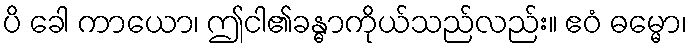
ပိ ခေါ ကာယော၊ ဤငါ၏ခန္ဓာကိုယ်သည်လည်း။ ဧဝံ ဓမ္မော၊